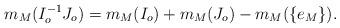
LaTeX: \begin{align*}m_M(I_o^{-1}J_o) = m_M(I_o) + m_M(J_o) - m_M(\{e_M\}).\end{align*}